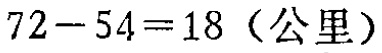
\(72 - 54 = 18\)（公里）